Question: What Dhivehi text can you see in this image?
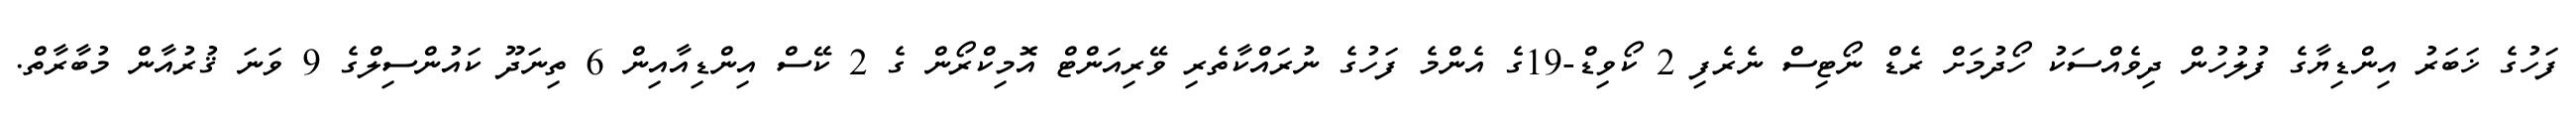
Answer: ފަހުގެ ޚަބަރު އިންޑިޔާގެ ފުލުހުން ދިވެއްސަކު ހޯދުމަށް ރެޑް ނޯޓިސް ނެރެފި 2 ކޯވިޑް-19ގެ އެންމެ ފަހުގެ ނުރައްކާތެރި ވޭރިއަންޓް އޮމިކްރޯން ގެ 2 ކޭސް އިންޑިއާއިން 6 ތިނަދޫ ކައުންސިލްގެ 9 ވަނަ ޤުރުއާން މުބާރާތް.